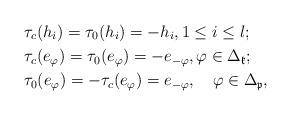
LaTeX: \begin{align*}&\tau_c(h_i)=\tau_0(h_i)=-h_i, 1\leq i\leq l; \\&\tau_c(e_{{\varphi}})=\tau_0(e_{{\varphi}})=-e_{{-\varphi}}, \varphi\in \Delta_{\mathfrak{k}};\\&\tau_0(e_{{\varphi}})=-\tau_c(e_{{\varphi}})=e_{{-\varphi}}, \quad\varphi\in \Delta_{\mathfrak{p}},\end{align*}